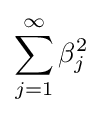
\sum _{j=1}^{\infty }\beta _{j}^{2}